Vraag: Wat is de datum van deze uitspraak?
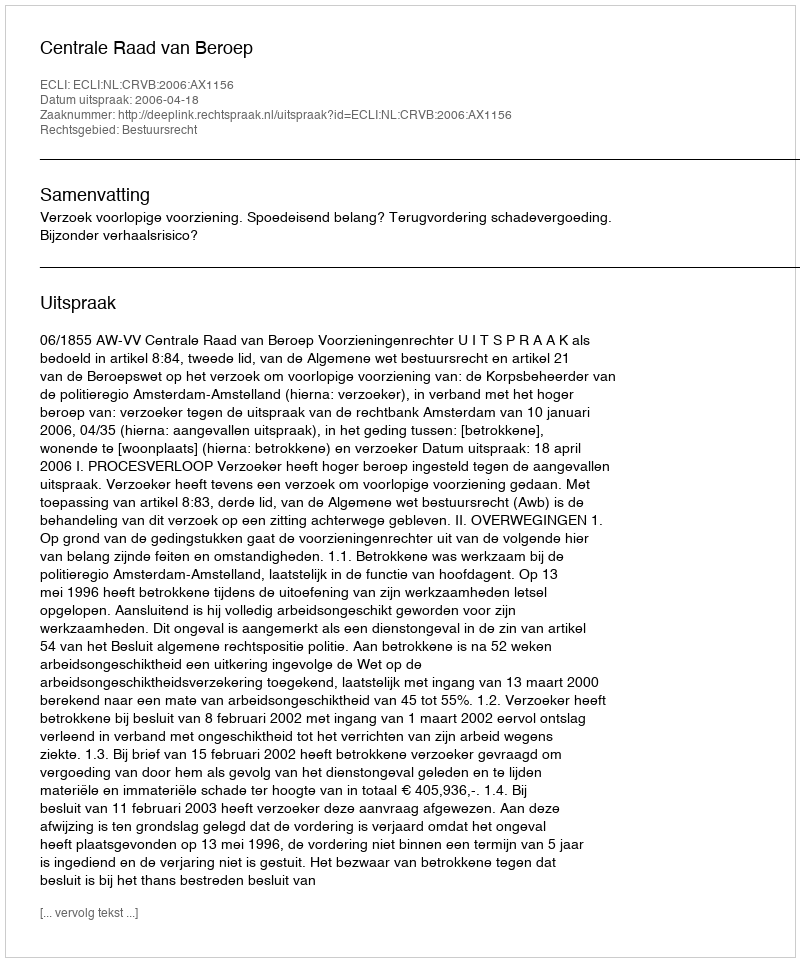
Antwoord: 2006-04-18